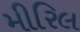
મીરિલ